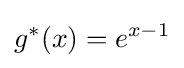
g^{*}(x)=e^{x-1}